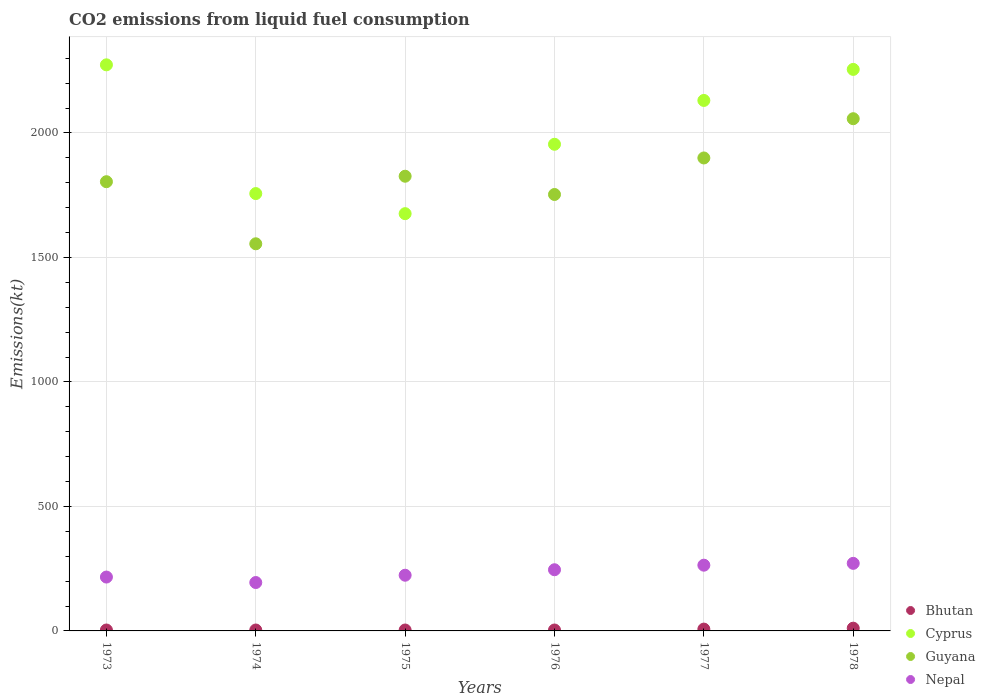
| Years | Bhutan | Cyprus | Guyana | Nepal |
 | --- | --- | --- | --- | --- |
 | 1973 | 3.67 | 2.27e+03 | 1.8e+03 | 216 |
 | 1974 | 3.67 | 1.76e+03 | 1.55e+03 | 194 |
 | 1975 | 3.67 | 1.68e+03 | 1.83e+03 | 224 |
 | 1976 | 3.67 | 1.95e+03 | 1.75e+03 | 246 |
 | 1977 | 7.33 | 2.13e+03 | 1.9e+03 | 264 |
 | 1978 | 11 | 2.26e+03 | 2.06e+03 | 271 |